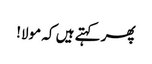
پھر کہتے ہیں کہ مولا!